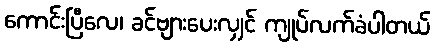
ကောင်းပြီလေ၊ ခင်ဗျားပေးလျှင် ကျုပ်လက်ခံပါတယ်